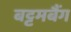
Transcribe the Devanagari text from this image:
बट्टमबैंग